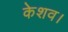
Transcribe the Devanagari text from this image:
केशव।